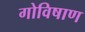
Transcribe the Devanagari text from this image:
गोविषाण